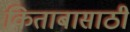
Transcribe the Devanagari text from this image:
किताबासाठी